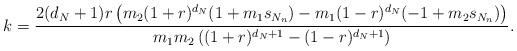
LaTeX: \begin{align*}k= \frac{2 (d_N+1) r \left(m_2 (1+r)^{d_N} (1+m_1 s_{N_n})-m_1 (1-r)^{d_N} (-1+m_2 s_{N_n})\right)}{m_1m_2 \left((1+r)^{d_N+1}-(1-r)^{d_N+1}\right)}.\end{align*}